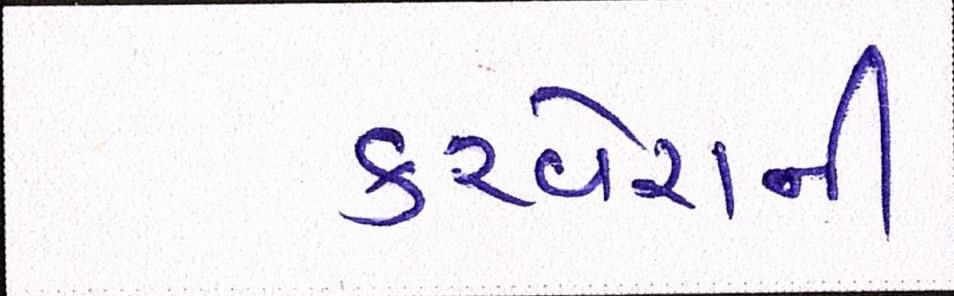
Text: કરવેરાની